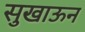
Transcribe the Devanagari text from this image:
सुखाऊन